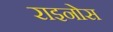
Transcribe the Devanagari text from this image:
राइनोस